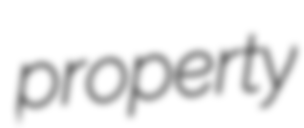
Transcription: property